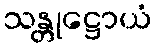
သန္တုဋ္ဌောယံ